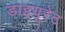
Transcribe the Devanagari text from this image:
डाइयूरेट